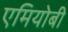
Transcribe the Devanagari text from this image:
एमियोबी